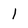
Character: l